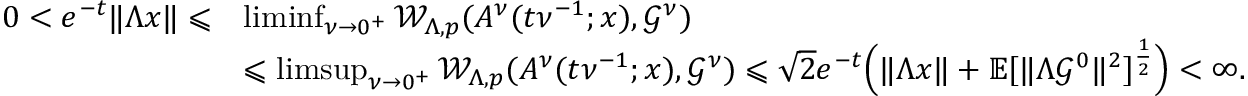
\begin{array} { r l } { 0 < e ^ { - t } \| \Lambda x \| \leqslant } & { \operatorname* { l i m i n f } _ { \nu \rightarrow 0 ^ { + } } \mathcal { W } _ { \Lambda , p } ( A ^ { \nu } ( t \nu ^ { - 1 } ; x ) , \mathcal { G } ^ { \nu } ) \noindent } \\ & { \leqslant \operatorname* { l i m s u p } _ { \nu \rightarrow 0 ^ { + } } \mathcal { W } _ { \Lambda , p } ( A ^ { \nu } ( t \nu ^ { - 1 } ; x ) , \mathcal { G } ^ { \nu } ) \leqslant { \sqrt { 2 } } e ^ { - t } \Big ( \| \Lambda x \| + \mathbb { E } [ \| \Lambda \mathcal { G } ^ { 0 } \| ^ { 2 } ] ^ { \frac { 1 } { 2 } } \Big ) < \infty . } \end{array}